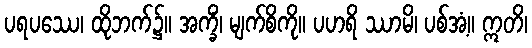
ပရပဿေ၊ ထိုဘက်၌။ အက္ခိံ၊ မျက်စိကို။ ပဟရိ ဿာမိ၊ ပစ်အံ့။ ဣတိ၊